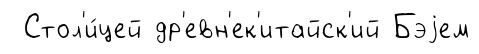
Стол'и́цей др'евн'ек'итайск'ий Бэjем